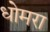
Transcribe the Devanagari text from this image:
धोमरा